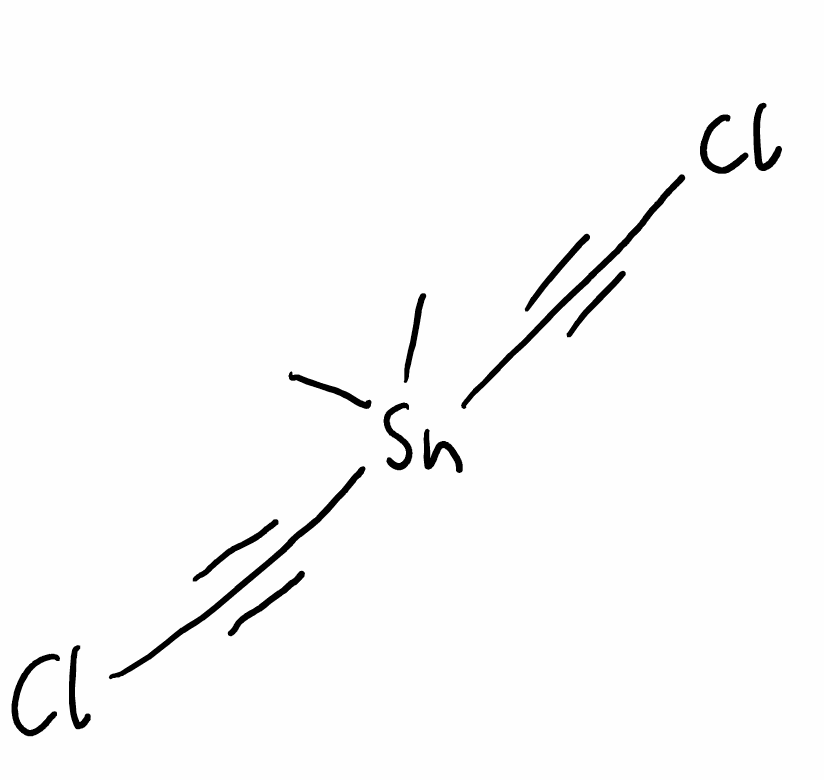
Simplified molecular-input line-entry system (SMILES) notation of the given molecule:
C[Sn](C)(C#CCl)C#CCl